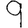
Digit: 9